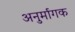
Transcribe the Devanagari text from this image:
अनुर्मागक